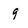
Character: 9